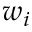
w _ { i }